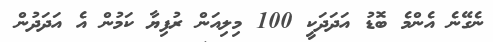
ނެގޭނެ އެންމެ ބޮޑު އަދަދަކީ 100 މިލިއަން ރުފިޔާ ކަމުން އެ އަދަދުން